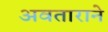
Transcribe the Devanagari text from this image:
अवताराने